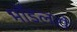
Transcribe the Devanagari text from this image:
मॉडलरों